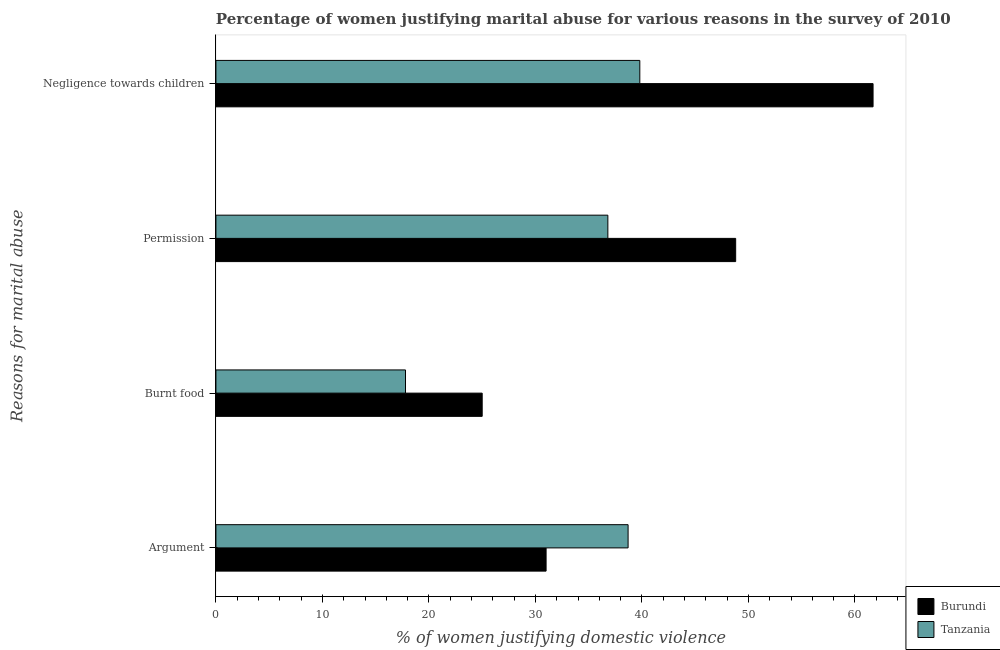
| Reasons for marital abuse | Burundi | Tanzania |
 | --- | --- | --- |
 | Argument | 31 | 38.7 |
 | Burnt food | 25 | 17.8 |
 | Permission | 48.8 | 36.8 |
 | Negligence towards children | 61.7 | 39.8 |